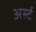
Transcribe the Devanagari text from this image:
अर्स्ट